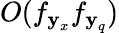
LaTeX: O(f_{\textbf{y}_{x}}f_{\textbf{y}_{q}})